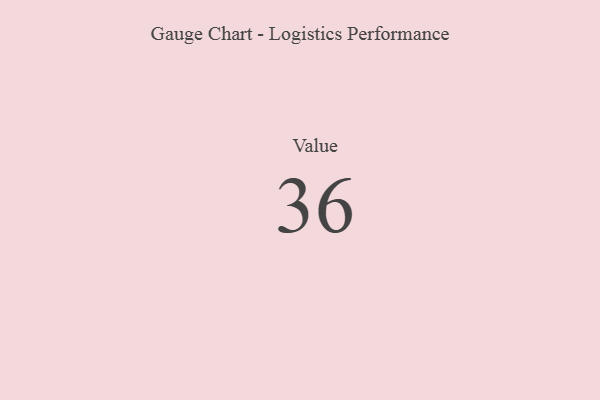
{"axis": {"x": "Metric", "y": "Value"}, "legend": [""], "data": [{"x": "Value", "y": 36, "type": ""}]}